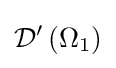
{\mathcal {D}}^{\prime }\left(\Omega _{1}\right)